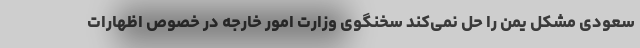
سعودی مشکل یمن را حل نمی‌کند سخنگوی وزارت امور خارجه در خصوص اظهارات